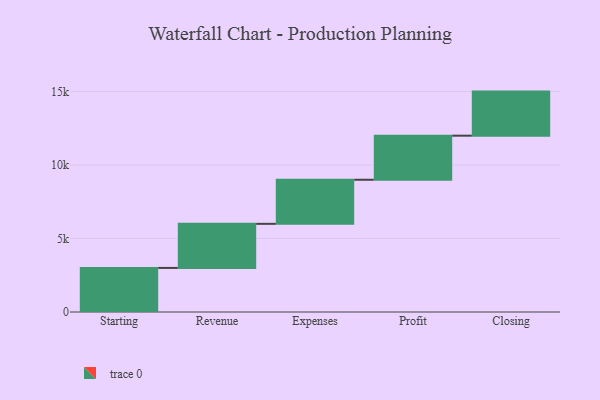
{"axis": {"x": "Step", "y": "Value"}, "legend": [""], "data": [{"x": "Starting", "y": 3000, "type": ""}, {"x": "Revenue", "y": 3000, "type": ""}, {"x": "Expenses", "y": 3000, "type": ""}, {"x": "Profit", "y": 3000, "type": ""}, {"x": "Closing", "y": 3000, "type": ""}]}